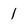
Character: 1